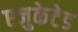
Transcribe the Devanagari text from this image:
एजुकेटेड